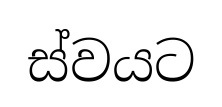
ස්වයට